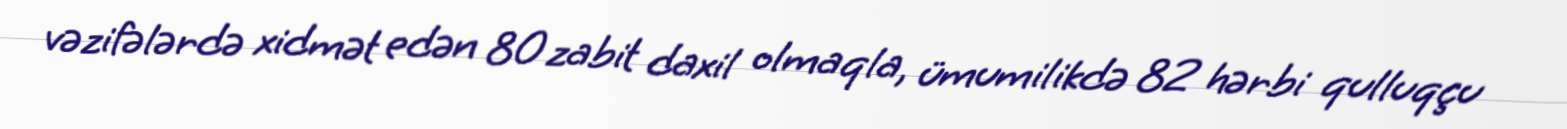
vəzifələrdə xidmət edən 80 zabit daxil olmaqla, ümumilikdə 82 hərbi qulluqçu